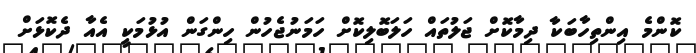
ކޮންމެ އިންތިހާބަކާ ދިމާކޮށް ޖަލުތައް ހަލަބޮލިކޮށް ހަމަނުޖެހުން ހިންގަން އުޅުމަކީ އެއާ ދެކޮޅަށް